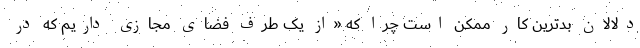
دلالان بدترین کار ممکن است چرا که «از یک طرف فضای مجازی داریم که در